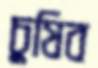
চুষিব